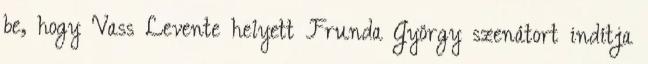
be, hogy Vass Levente helyett Frunda György szenátort indítja